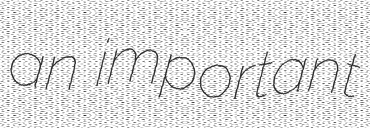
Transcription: an important